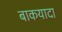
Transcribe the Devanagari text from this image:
बाकयादा